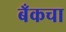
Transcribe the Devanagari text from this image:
बँकचा